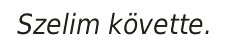
Szelim követte.